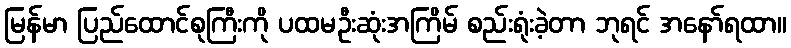
မြန်မာ ပြည်ထောင်စုကြီးကို ပထမဦးဆုံးအကြိမ် စည်းရုံးခဲ့တာ ဘုရင် အနော်ရထာ။